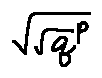
\sqrt { \sqrt { q } ^ { p } }